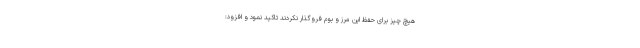
هیچ چیز برای حفظ این مرز و بوم فروگذار نکردند تاکید نمود و افزود: